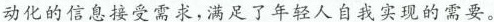
动化的信息接受需求，满足了年轻人自我实现的需要。